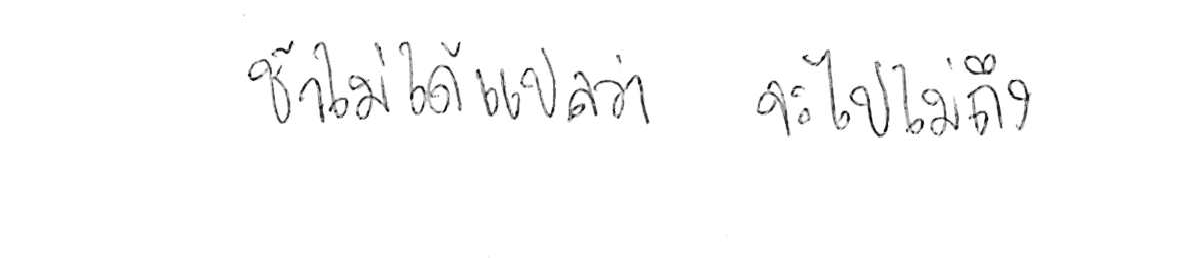
ช้า ไม่ได้แปลว่า จะไปไม่ถึง